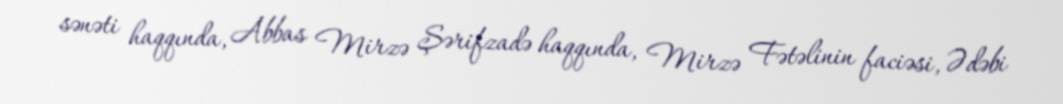
sənəti haqqında, Abbas Mirzə Şərifzadə haqqında, Mirzə Fətəlinin faciəsi, Ədəbi